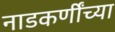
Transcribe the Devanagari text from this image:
नाडकर्णींच्या